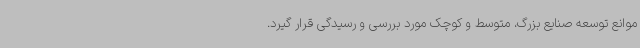
موانع توسعه صنایع بزرگ، متوسط و کوچک مورد بررسی و رسیدگی قرار گیرد.